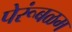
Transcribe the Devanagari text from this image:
पेरूंबळम